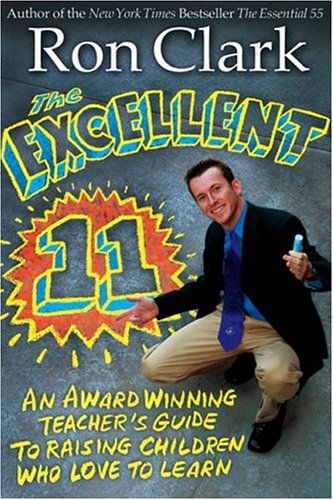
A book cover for The Excellent 11: Qualities Teachers and Parents Use to Motivate, Inspire, and Educate Children; Ron Clark; Education & Teaching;